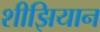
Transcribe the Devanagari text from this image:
शीझियान